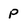
Character: P